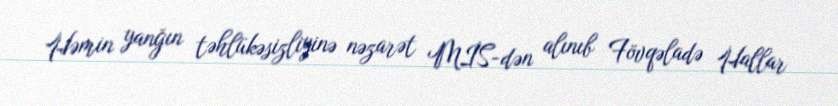
Həmin yanğın təhlükəsizliyinə nəzarət MİS-dən alınıb Fövqəladə Hallar